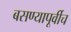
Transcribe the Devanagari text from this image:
बसण्यापूर्वीच